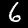
Label: 6